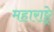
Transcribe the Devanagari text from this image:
महाराष्ट्रे